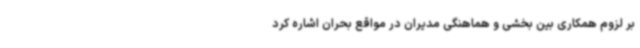
بر لزوم همکاری بین بخشی و هماهنگی مدیران در مواقع بحران اشاره کرد